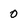
Character: 0